Vaccination in Bombay 1869-1873 - 1869-1873
Year: 1869
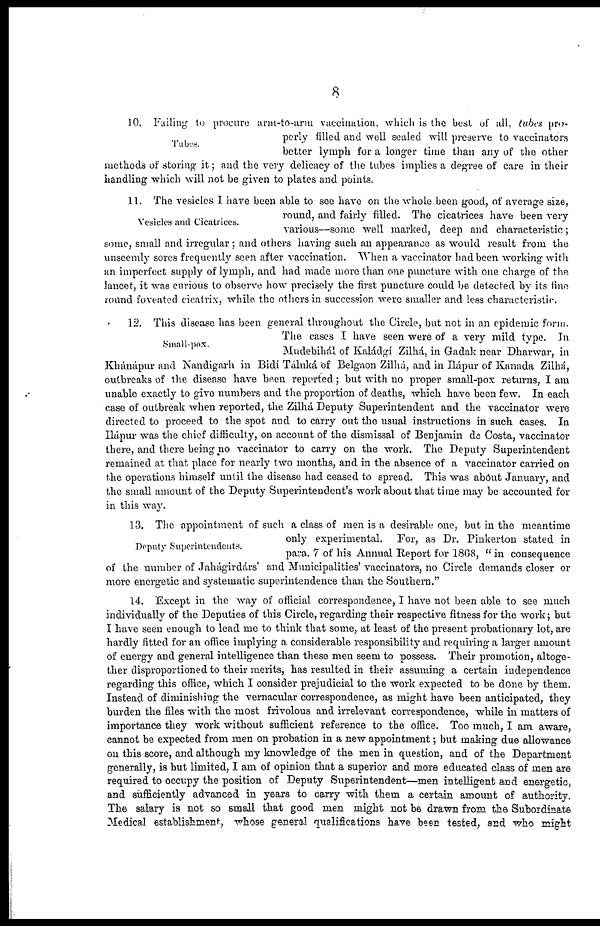
8
Tubes.
10. Failing to procure arm-to-arm vaccination, which is the best of all, tubes pro-
perly filled and well sealed will preserve to vaccinators
better lymph for a longer time than any of the other
methods of storing it; and the very delicacy of the tubes implies a degree of care in their
handling which will not be given to plates and points.
Vesicles and Cicatrices.
11. The vesicles I have been able to see have on the whole been good, of average size,
round, and fairly filled. The cicatrices have been very
various—some well marked, deep and characteristic;
some, small and irregular; and others having such an appearance as would result from the
unseemly sores frequently seen after vaccination. "When a vaccinator had been working with
an imperfect supply of lymph, and had made more than one puncture with one charge of the
lancet, it was curious to observe how precisely the first puncture could be detected by its fine
round foveated cicatrix, while the others in succession were smaller and less characteristic.
Small-pox.
12. This disease has been general throughout the Circle, but not in an epidemic form.
The cases I have seen were of a very mild type. In
Mudebihál of Kaládgi Zilhá, in Gadak near Dharwar, in
Khánápur and Nandigarh in Bidí Táluká of Belgaon Zilhá, and in Hápur of Kanada Zilhá,
outbreaks of the disease have been reported; but with no proper small-pox returns, I am
unable exactly to give numbers and the proportion of deaths, which have been few. In each
case of outbreak when reported, the Zilhá Deputy Superintendent and the vaccinator were
directed to proceed to the spot and to carry out the usual instructions in such cases. In
Hápur was the chief difficulty, on account of the dismissal of Benjamin de Costa, vaccinator
there, and there being no vaccinator to carry on the work. The Deputy Superintendent
remained at that place for nearly two months, and in the absence of a vaccinator carried on
the operations himself until the disease had ceased to spread. This was about January, and
the small amount of the Deputy Superintendent's work about that time may be accounted for
in this way.
Deputy Superintendents.
13. The appointment of such a class of men is a desirable one, but in the meantime
only experimental. For, as Dr. Pinkerton stated in
para. 7 of his Annual Report for 1868, " in consequence
of the number of Jahágirdárs' and Municipalities' vaccinators, no Circle demands closer or
more energetic and systematic superintendence than the Southern."
14. Except in the way of official correspondence, I have not been able to see much
individually of the Deputies of this Circle, regarding their respective fitness for the work; but
I have seen enough to lead me to think that some, at least of the present probationary lot, are
hardly fitted for an office implying a considerable responsibility and requiring a larger amount
of energy and general intelligence than these men seem to possess. Their promotion, altoge-
ther disproportioned to their merits, has resulted in their assuming a certain independence
regarding this office, which I consider prejudicial to the work expected to be done by them.
Instead of diminishing the vernacular correspondence, as might have been anticipated, they
burden the files with the most frivolous and irrelevant correspondence, while in matters of
importance they work without sufficient reference to the office. Too much, I am aware,
cannot be expected from men on probation in a new appointment; but making due allowance
on this score, and although my knowledge of the men in question, and of the Department
generally, is but limited, I am of opinion that a superior and more educated class of men are
required to occupy the position of Deputy Superintendent—men intelligent and energetic,
and sufficiently advanced in years to carry with them a certain amount of authority.
The salary is not so small that good men might not be drawn from the Subordinate
Medical establishment, whose general qualifications have been tested, and who might